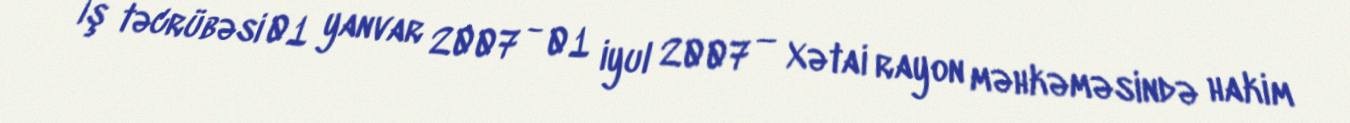
İş təcrübəsi 01 yanvar 2007 - 01 iyul 2007 — Xətai rayon məhkəməsində hakim